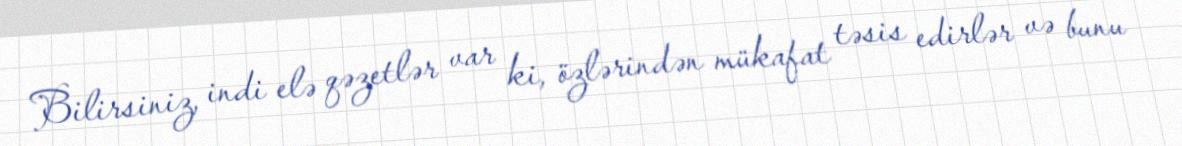
Bilirsiniz, indi elə qəzetlər var ki, özlərindən mükafat təsis edirlər və bunu